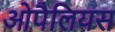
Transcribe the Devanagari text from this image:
ओपैलियस